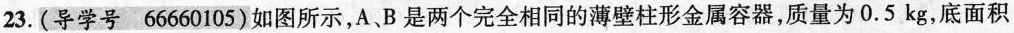
23.(导学号66660105)如图所示，A、B是两个完全相同的薄壁柱形金属容器，质量为0.5kg，底面积